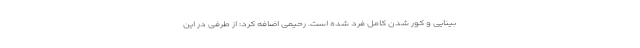
بینایی و کور شدن کامل فرد شده است. رحیمی اضافه کرد: از طرفی در این